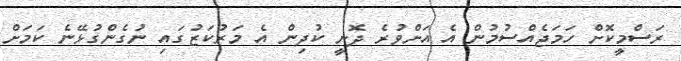
ރަސްމީކޮށް ހަމަޖެއްސުމުން އެ އަށްވުރެ ދޮށީ ކުދިން އެ މަރުކަޒުގައި ނުގެންގުޅޭނެ ކަމަށް